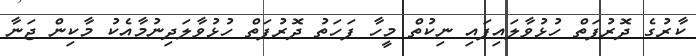
ކާރުގެ ދޮރުފަތް ހުޅުވާލައިފައި ނިކުތް މީހާ ފަހަތު ދޮރުފަތް ހުޅުވާލަދިނުމާއެކު މާކިން ޖަނާ